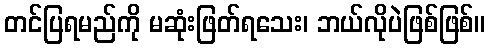
တင်ပြရမည်ကို မဆုံးဖြတ်ရသေး၊ ဘယ်လိုပဲဖြစ်ဖြစ်။